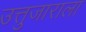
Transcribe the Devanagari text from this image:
उत्तुजाराला